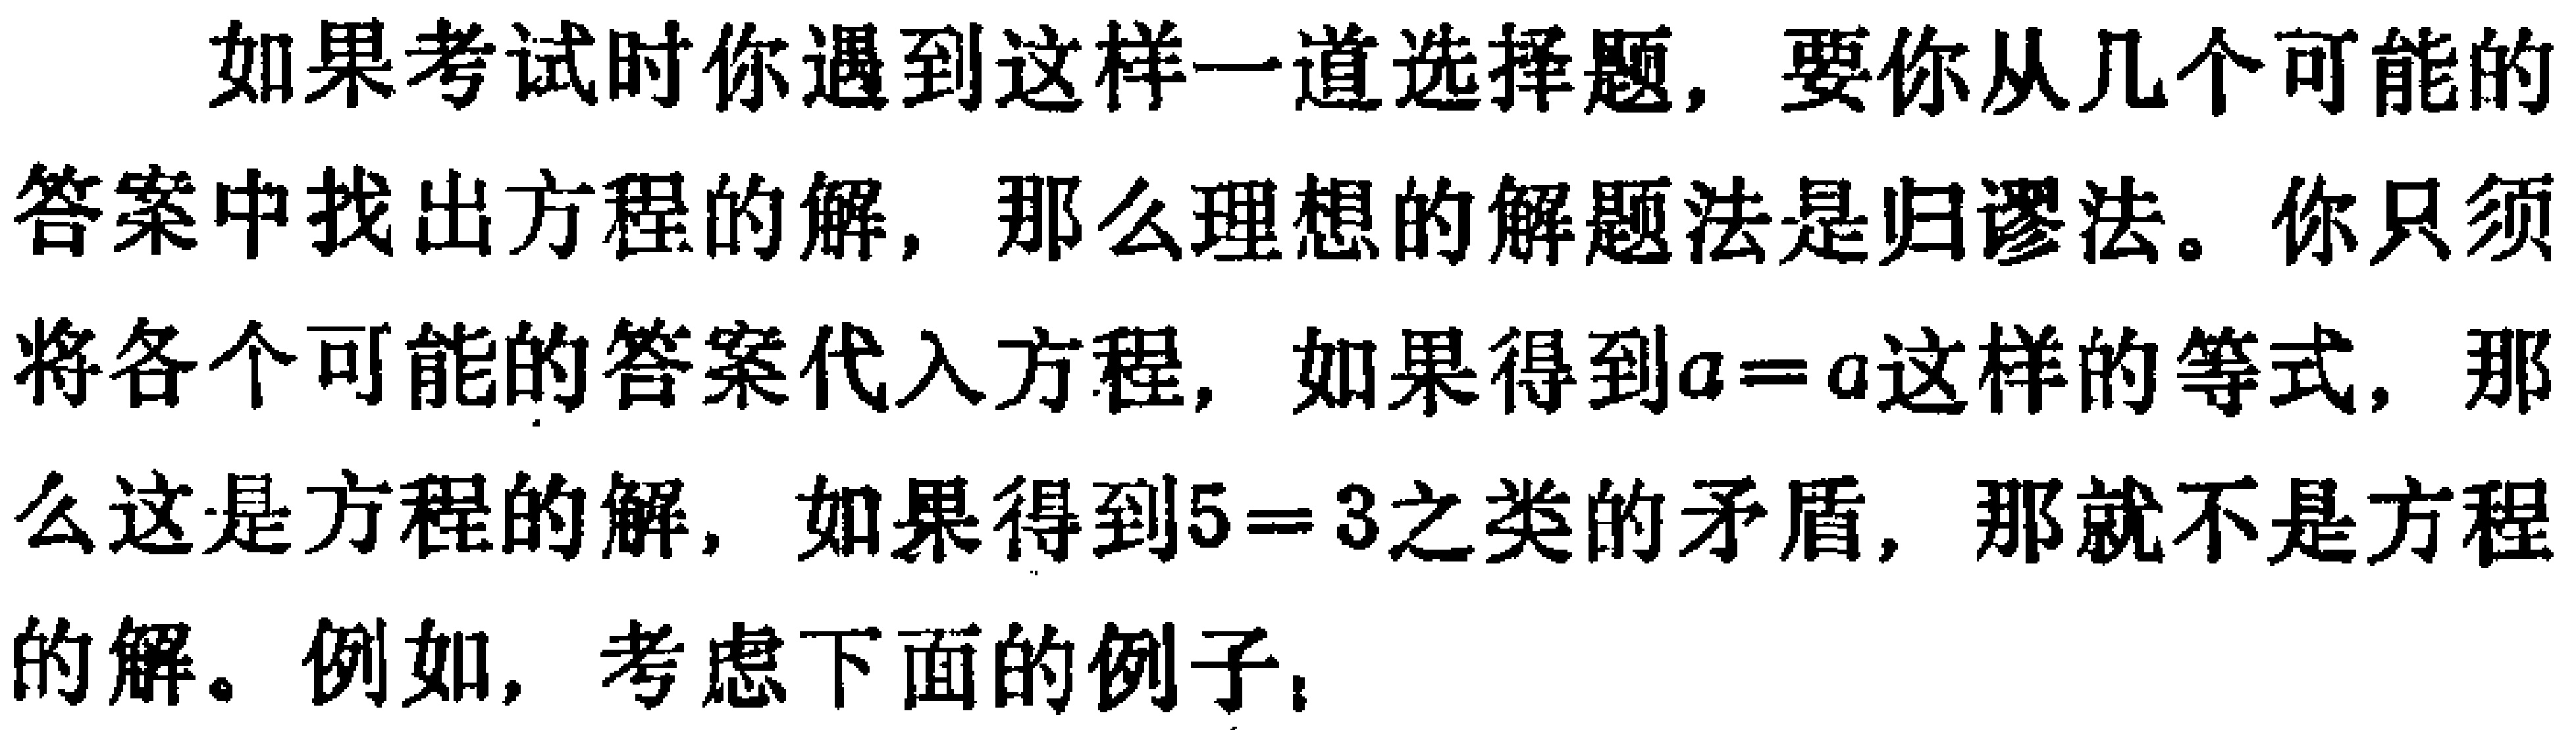
如果考试时你遇到这样一道选择题，要你从几个可能的答案中找出方程的解，那么理想的解题法是归谬法。你只须将各个可能的答案代入方程，如果得到\(a = a\)这样的等式，那么这是方程的解，如果得到\(5 = 3\)之类的矛盾，那就不是方程的解。例如，考虑下面的例子：